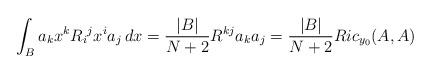
LaTeX: \begin{align*} \int_{B} a_k x^k R_{i}{}^jx^i a_j \,dx = \frac{|B|}{N+2} R^{kj} a_k a_j = \frac{|B|}{N+2}Ric_{y_0}(A,A) \end{align*}